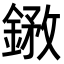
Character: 𨩺